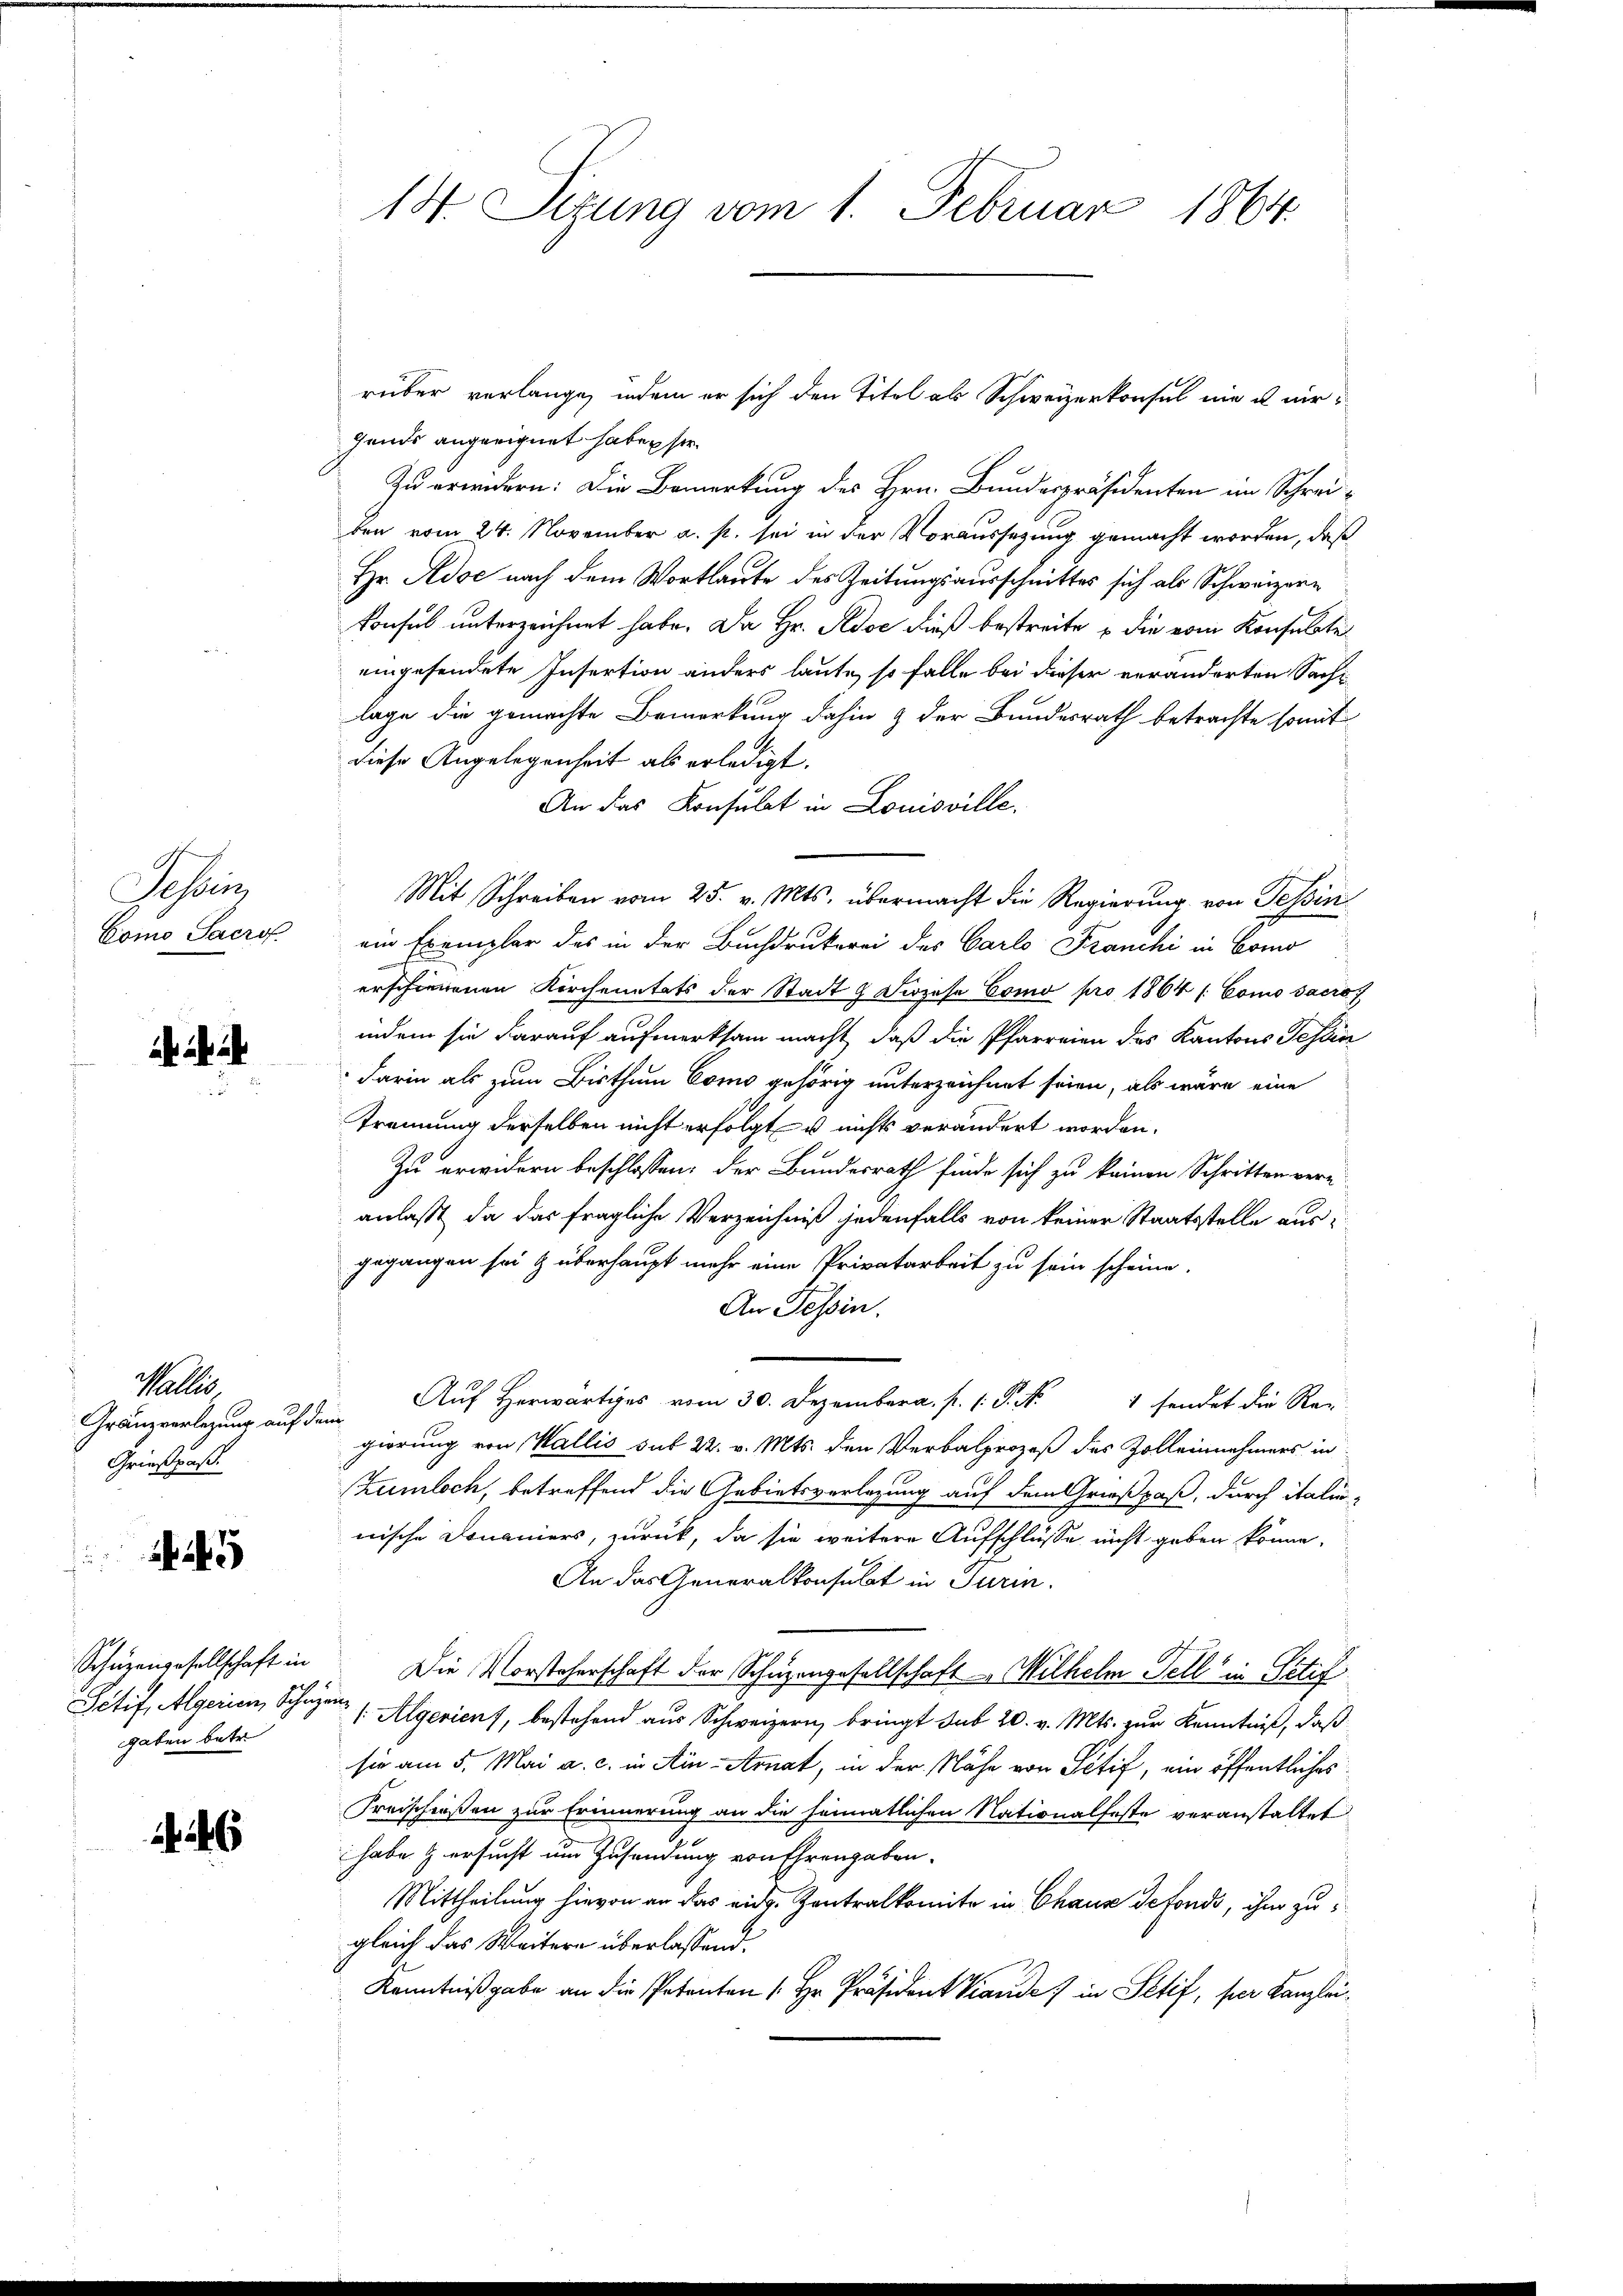
Schrei

2

Wallis
Gränzverlegung auf demn
Grießpaß.

Schüzengesellschaft in
gaben betr.

446

rüber verlange, indem er sich den Titel als Schweizerkonsul nie u mir
Gands angeeignet haben sei.
Zu erwidern: Die Bemerkung des Hrn. Bundespräsidenten im Schreiben vom 24. November a. p. sei in der Voraussezung gemacht worden, daß
Hr. Adoc nach dem Wortlaute des Zeitungsausschnittes sich als Schweizerkonsul unterzeichnet habe. Da Hr. Pedoe dieß bestreite die vom Konsulate
eingesendete Insertion anders laute, so falle bei dieser veränderten Sachlage die gemachte Bemerkung dahin & der Bundesrath betrachte somit
diese Angelegenheit als erledigt.
An das Konsulat in Louisville.
Mit Schreiben vom 25. v. Mts. übermacht die Regierung von Tessin
Como Sacros. ein Exemplar des in der Buchdrukerei des Carlo Franchi in Como
¬
erschienenen Kirchenstets der Stadt & Prozese Como pro 1864 / Como sacro
indem sie darauf aufmerksam macht, daß die Pfarreien des Kantons Tessin
darin als zum Bisthum Como gehörig unterzeichnet seien, als wäre eine
Trennung derselben nicht erfolgt u nichts verändert worden.
Zu erwidern beschlossen: der Bundesrath finde sich zu keinen Schritten vere
anlaßt, da das fragliche Verzeichniß jedenfalls von keiner Staatsstelle aus
gegangen sei & überhaupt mehr eine Privatarbeit zu sein scheine.
An Tessin.
Auf Herwärtiges vom 30. Dezember a. p. P. Nr. 1 sendet die Reg
gierung von Wallis sub 22. v. Mts. den Verbalprozeß des Zolleinnahmers in
Zumloch, betreffend die Gebietsverlegung auf dem Grießpaß, durch italinnische Domaniers, zurück, da sie weitere Aufschlüsse nicht geben könne,
An das Generalkonsulat in Turin
Die Vorsteherschaft der Schüzengesellschaft Wilhelm Fell in Petif
Getif, Algerien, Schwere (Algericus, bestehend aus Schweizern, bringt sub 20. v. Mts. zur Kenntniß, daß
sie am 5. Mai a. c. in Ain-Arnat, in der Nähe von Setif, ein öffentliches
Freischießen zur Erinnerung an die heimatlichen Nationalfeste veranstaltet
habe & ersucht um Zusendung von Ehrengaben.
Mittheilung hievon an das eidg. Zentralkomite in Chaus defonds, ihm zu
gleich das Weitern überlassend.
Kenntnißgabe an die Petenten (Hr. Präsident Kande) in Setif, per Kanzlei¬

14. Sitzung vom 1. Februar 1864.